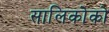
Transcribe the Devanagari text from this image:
सालिकोको